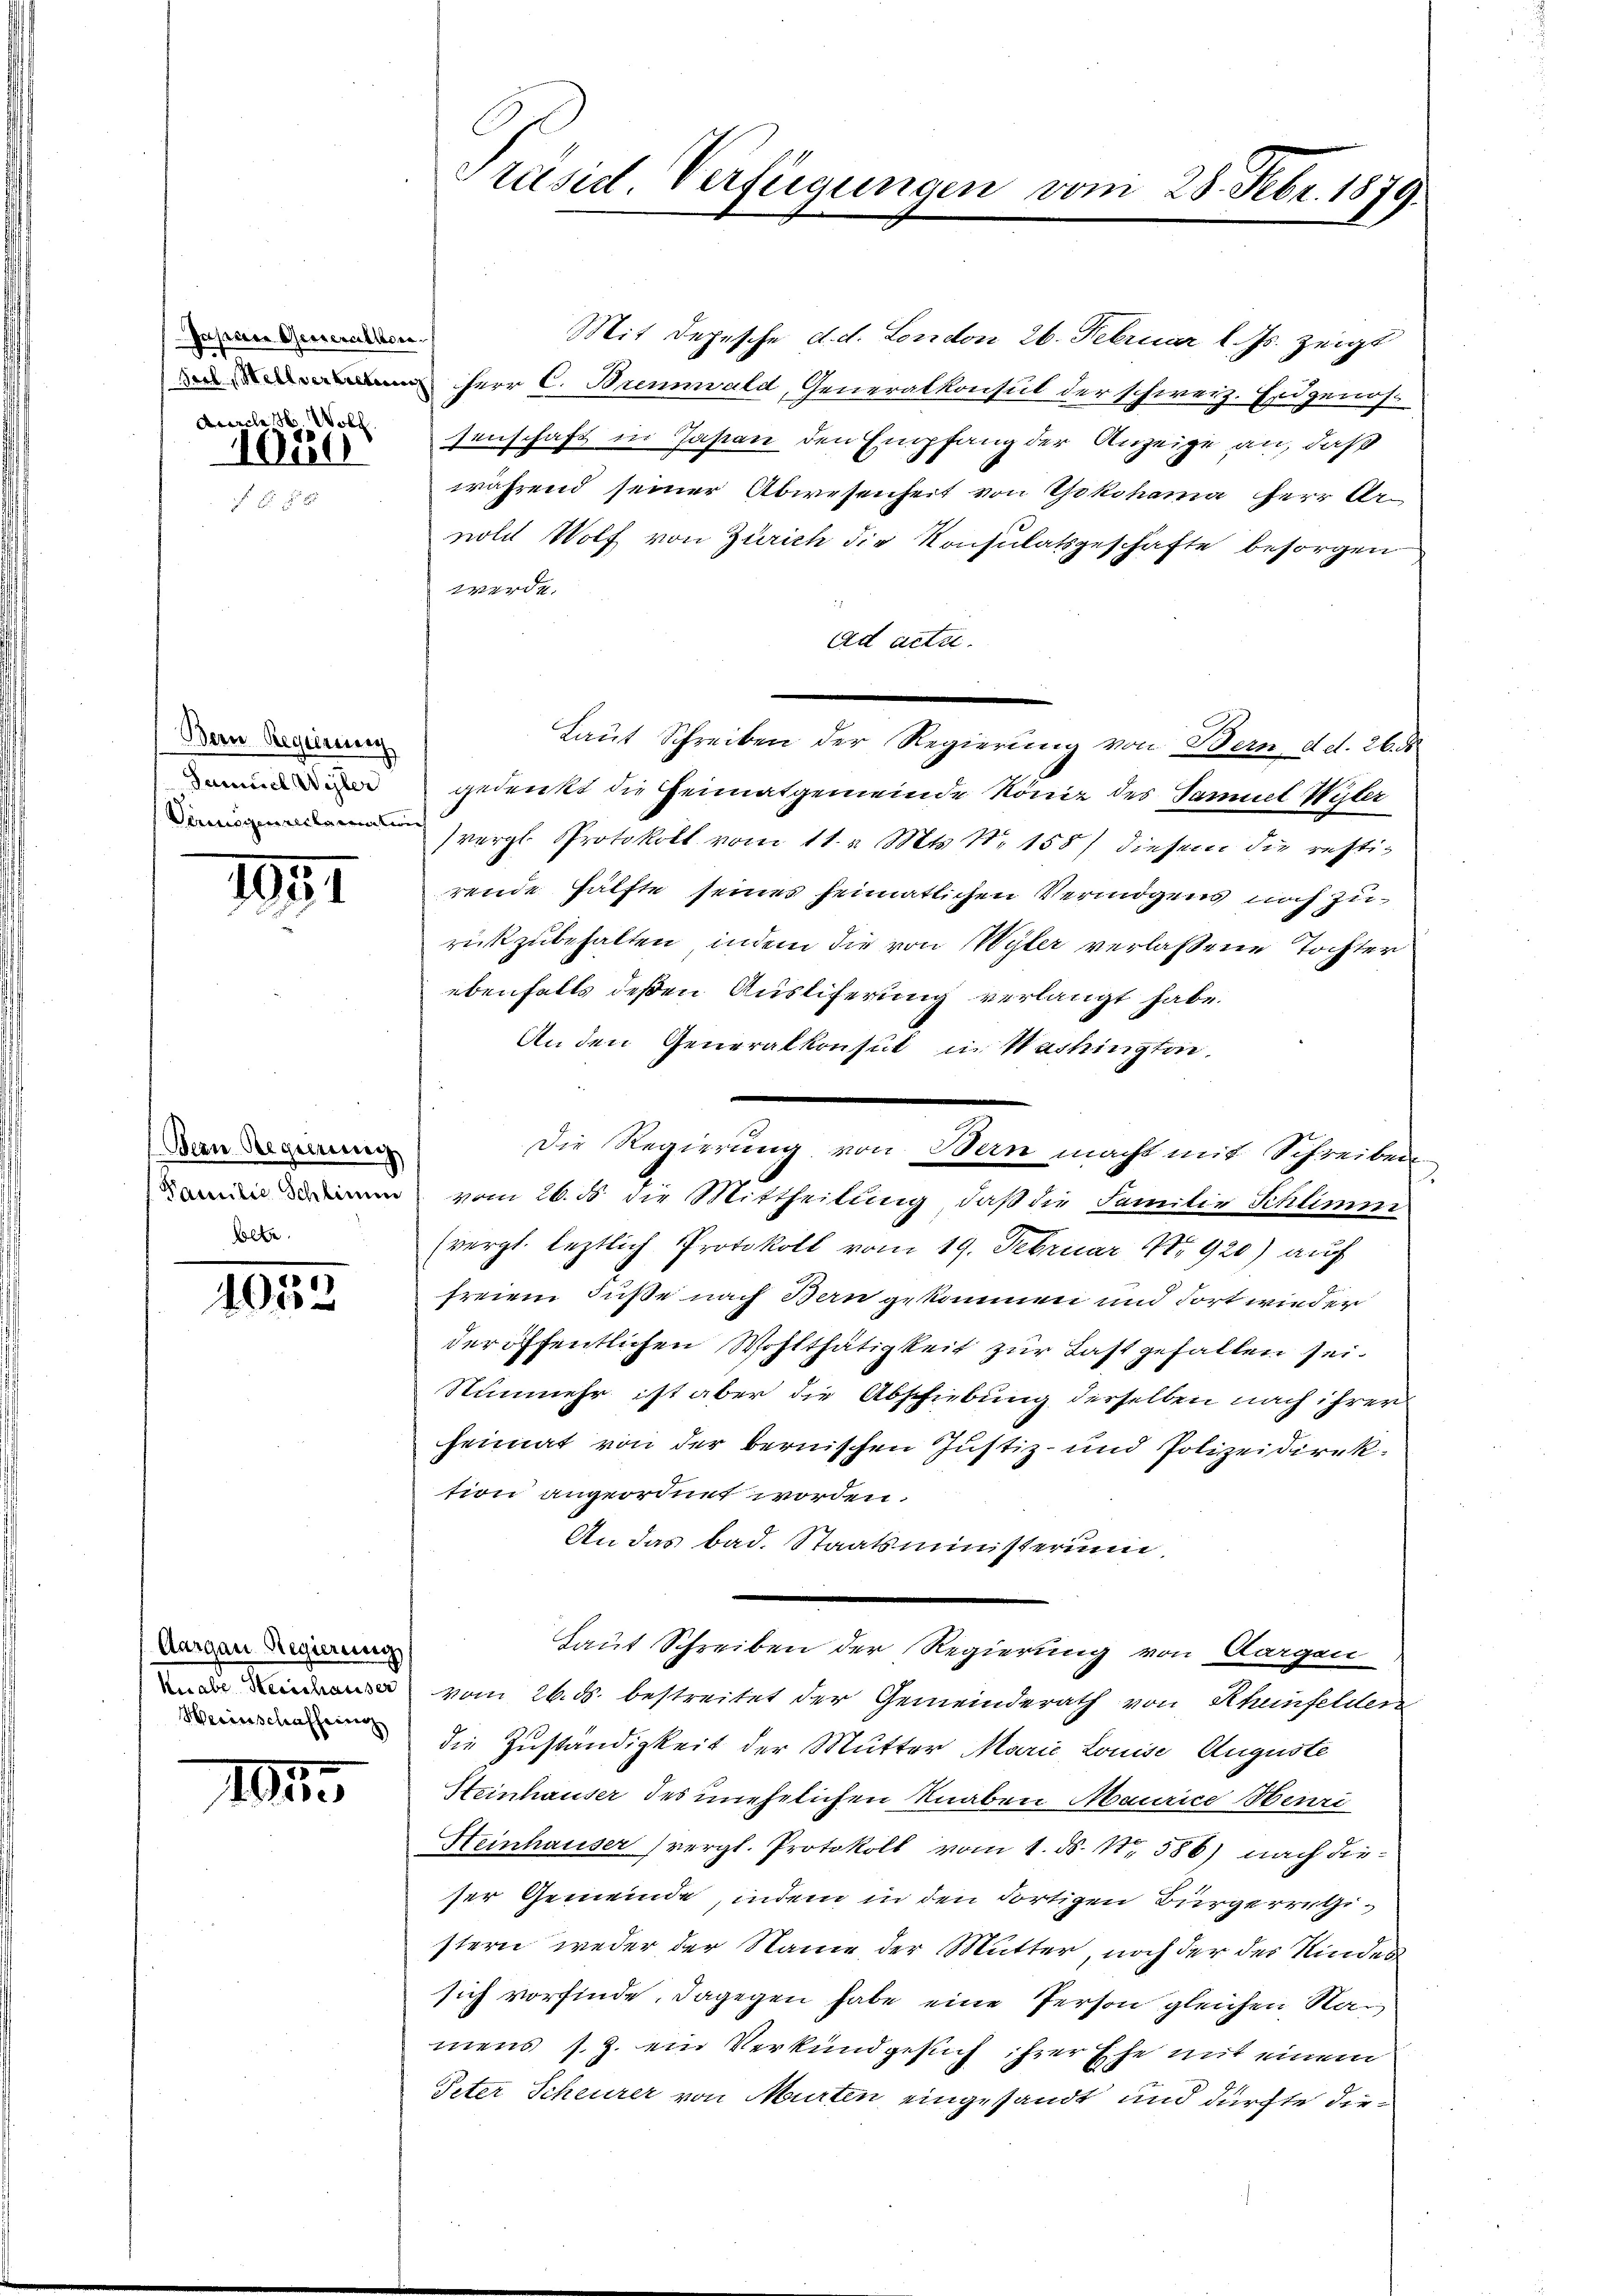
Pasiere Generallen.
Aurelich Woll
1080.

Dern Regierung

1891

Bern Regierung
holte.

4052

Aargau Regierung
Herinschaffung

11

Präsid. Verfügungen vom 28. Febr. 1879.

Mit Depesche d. d. London 26. Februar l. Js. zeigt
 Herr C. Brennwald, Generalkonsul der schweiz. Erdgenos-
senschaft in Japan den Empfang der Anzeige an, daß
während seiner Abwesenheit von Yokohama Herr Arnold Wolf von Zürich die Konsulatsgeschäfte besorgen
4
2
Ad acta.
 gedenkt die Heimatgemeinde Köniz des Samuel Wyler
vergl. Protokoll vom 11. v. Mts. No 155) diesem die resti-
rende Hälfte seines heimatlichen Vermögens noch zurückzubehalten, indem die von Wyler verlassene Tochter
ebenfalls deßen Ausliferung verlangt habe.
An den Generalkonsul in Washingten.
 vom 26. ds die Mittheilung, daß die Familie Schlimm
(vergl. letztlich Protokoll vom 19. Februar 1920) auf
freiem Fuße nach Bern gekommen und dort wieder
der öffentlichen Wohlthätigkeit zur Last gefallen sei.
Nunmehr ist aber die Abschiebung derselben nach ihrer
heimat von der bernischen Justiz- und Polizeidirektion angeordnet worden.
An das bad. Staatsministerium
Laut Schreiben der Regierung von Dargen
 vom 26. ds. bestreitet der Gemeinderath von Schenfelden
die Zuständigkeit der Mutter Marie Louise Auguste
Steinhauser des unehelichen Knaben Maurice Henri
Heinhauser (vergl. Protokoll vom 1. ds. Nr. 586) nach dieser Gemeinde, indem in den dortigen Bürgerretistern weder der Name der Mutter, noch der der Kindes
sich vorfinde, dagegen habe eine Person gleichen Namens s. Z. ein Verkundgesuch ihrer Ehe mit einem
Peter Scheurer von Murten eingesandt und dürfte der

Laut Schreiben der Regierung von Bern, d. d. 26. ds

Die Regierung von Bern macht mit Schreiben